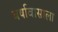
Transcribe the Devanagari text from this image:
वर्षावासाला